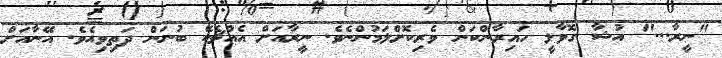
"ނީރާ..." އުޝާ ގޮވާލީ ހައިރާންކަން ވެރިކޮށްލަމުންނެވެ. ނީރާއަށް އެއްޗެކޭ ބުނަން ދަތިވިއެވެ. އޭނާއަށް